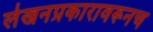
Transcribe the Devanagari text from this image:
लेखनप्रकारावरूनच